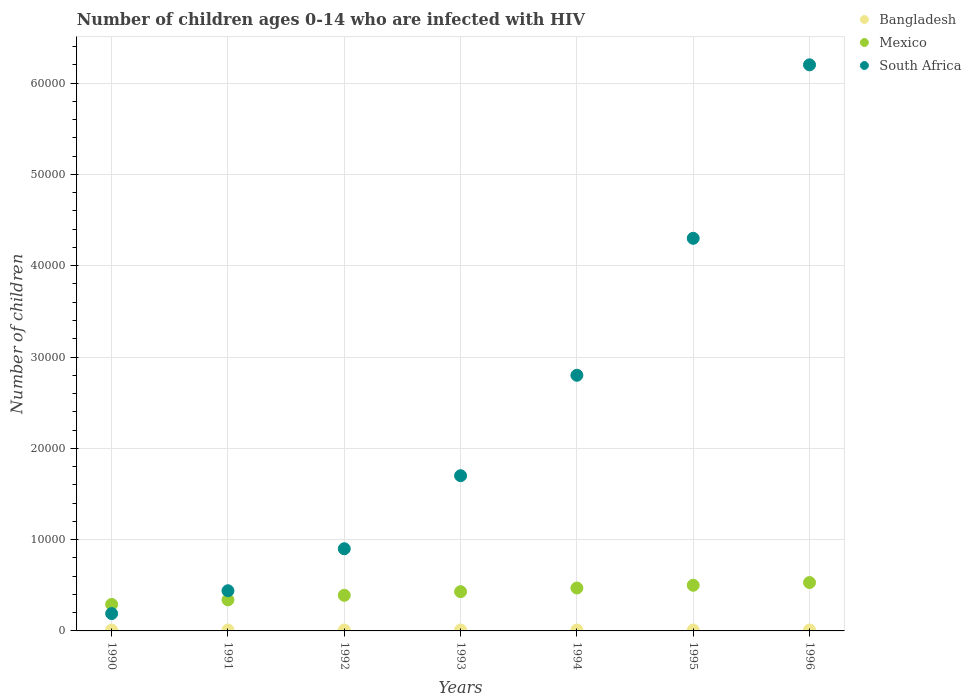
| Years | Bangladesh | Mexico | South Africa |
 | --- | --- | --- | --- |
 | 1990 | 100 | 2.9e+03 | 1.9e+03 |
 | 1991 | 100 | 3.4e+03 | 4.4e+03 |
 | 1992 | 100 | 3.9e+03 | 9e+03 |
 | 1993 | 100 | 4.3e+03 | 1.7e+04 |
 | 1994 | 100 | 4.7e+03 | 2.8e+04 |
 | 1995 | 100 | 5e+03 | 4.3e+04 |
 | 1996 | 100 | 5.3e+03 | 6.2e+04 |